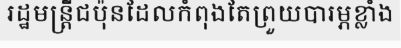
រដ្ឋមន្ត្រីជប៉ុនដែលកំពុងតែព្រួយបារម្ភខ្លាំង